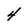
Character: 4